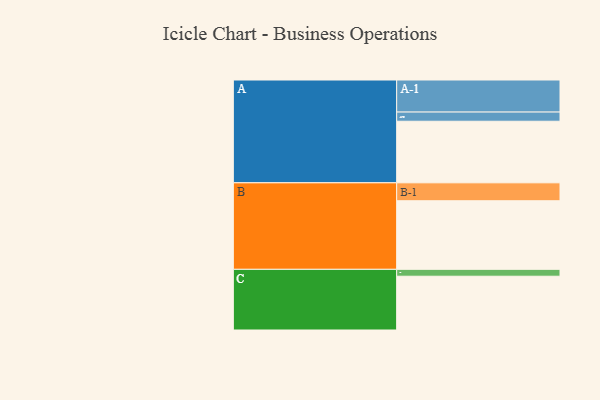
{"axis": {"x": "Segment", "y": "Value"}, "legend": ["", "A", "B", "C"], "data": [{"x": "A", "y": 536, "type": ""}, {"x": "B", "y": 597, "type": ""}, {"x": "C", "y": 468, "type": ""}, {"x": "A-1", "y": 279, "type": "A"}, {"x": "A-2", "y": 80, "type": "A"}, {"x": "B-1", "y": 156, "type": "B"}, {"x": "C-1", "y": 60, "type": "C"}]}